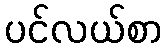
ပင်လယ်စာ